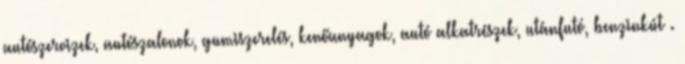
autószervizek, autószalonok, gumiszerelés, kenőanyagok, autó alkatrészek, utánfutó, benzinkút .